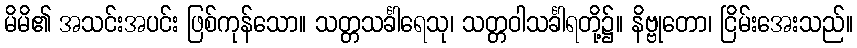
မိမိ၏ အသင်းအပင်း ဖြစ်ကုန်သော။ သတ္တသင်္ခါရေသု၊ သတ္တဝါသင်္ခါရတို့၌။ နိဗ္ဗုတော၊ ငြိမ်းအေးသည်။